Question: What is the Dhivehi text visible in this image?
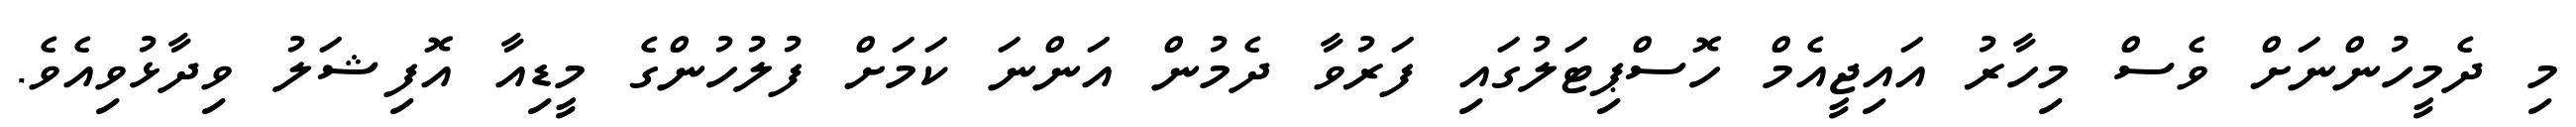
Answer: މި ދެމީހުންނަށް ވެސް މިހާރު އައިޖީއެމް ހޮސްޕިޓަލުގައި ފަރުވާ ދެމުން އަންނަ ކަމަށް ފުލުހުންގެ މީޑިއާ އޮފިޝަލު ވިދާޅުވިއެވެ.